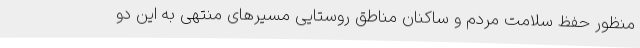
منظور حفظ سلامت مردم و ساکنان مناطق روستایی مسیرهای منتهی به این دو